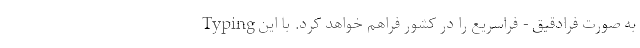
Typing به صورت فرادقیق - فراسریع را در كشور فراهم خواهد كرد. با این